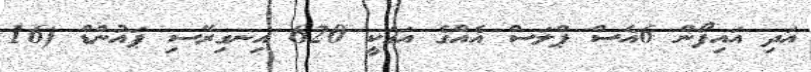
އަދި އައިފޯން 6އެސް ޕްލަސް އެއްގެ އަގަކީ 620 އިނގިރޭސި ޕައުންޑް (16